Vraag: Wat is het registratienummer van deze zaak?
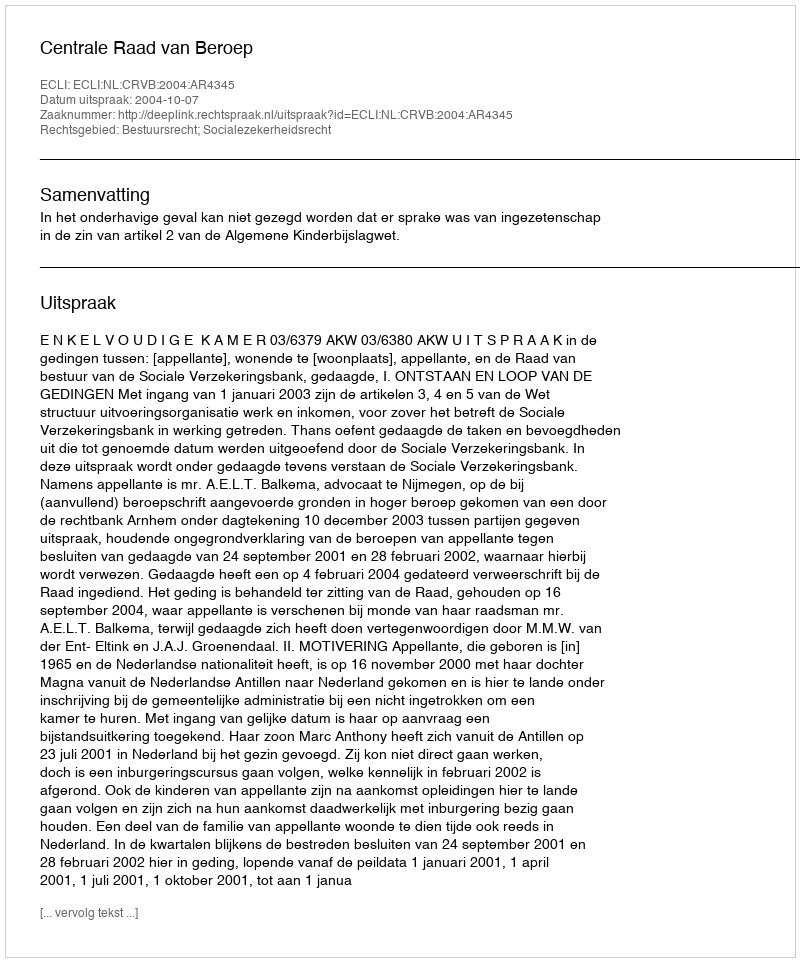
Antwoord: http://deeplink.rechtspraak.nl/uitspraak?id=ECLI:NL:CRVB:2004:AR4345